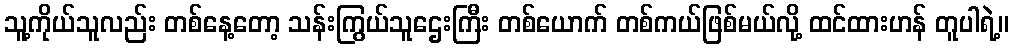
သူ့ကိုယ်သူလည်း တစ်နေ့တော့ သန်းကြွယ်သူဌေးကြီး တစ်ယောက် တစ်ကယ်ဖြစ်မယ်လို့ ထင်ထားဟန် တူပါရဲ့။